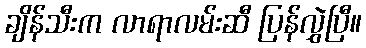
ချိန်သီးက လာရာလမ်းဆီ ပြန်လွှဲပြီ။